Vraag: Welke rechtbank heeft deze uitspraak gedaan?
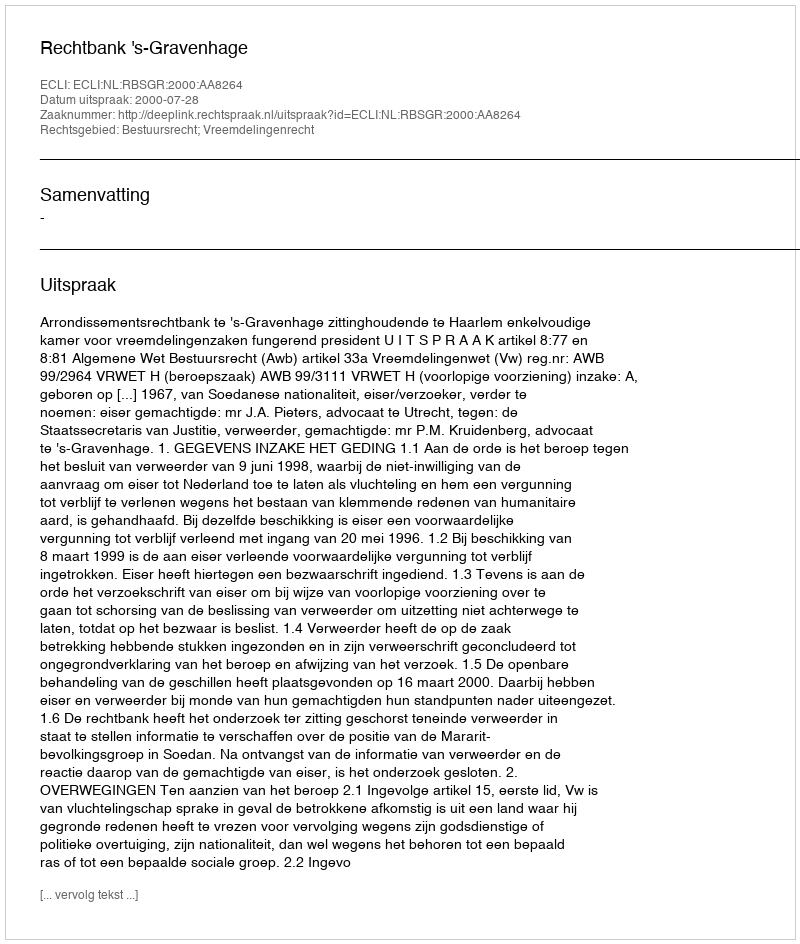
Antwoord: Rechtbank 's-Gravenhage